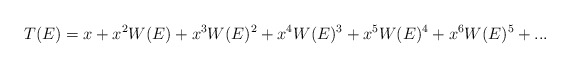
\begin{align*}T(E)=x+x^2W(E)+x^3W(E)^2 +x^4W(E)^3 +x^5W(E)^4 +x^6W(E)^5 +...\end{align*}